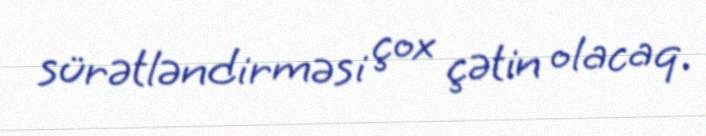
sürətləndirməsi çox çətin olacaq.